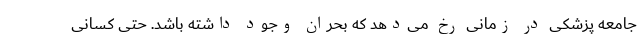
جامعه پزشکی در زمانی رخ می‌دهد که بحران وجود داشته باشد. حتی کسانی